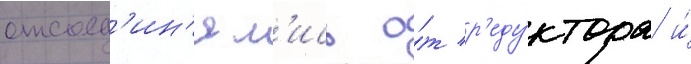
отсоед'ин'ял'ись о́т р'еду́ктора и́